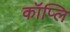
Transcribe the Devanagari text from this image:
कॉप्लि